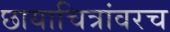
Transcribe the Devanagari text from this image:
छायाचित्रांवरच